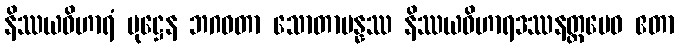
နိဿယဝိဟာရံ ပုဋ္ဌေန ဘဂဝတာ သောတာပန္နဿ နိဿယဝိဟာရဒဿနတ္ထမေဝ ဧတာ